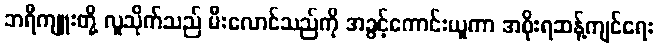
ဘရီကျူးတို့ လူသိုက်သည် မီးလောင်သည်ကို အခွင့်ကောင်းယူကာ အစိုးရဆန့်ကျင်ရေး